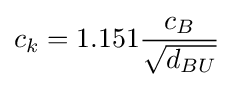
c_{k}=1.151{\frac {c_{B}}{\sqrt {d_{BU}}}}